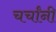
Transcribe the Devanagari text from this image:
चर्चांनी